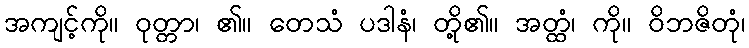
အကျင့်ကို။ ဝုတ္တာ၊ ၏။ တေသံ ပဒါနံ၊ တို့၏။ အတ္ထံ၊ ကို။ ဝိဘဇိတုံ၊